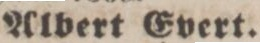
Albert Evert.